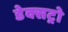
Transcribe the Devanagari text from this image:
डेक्सट्रो